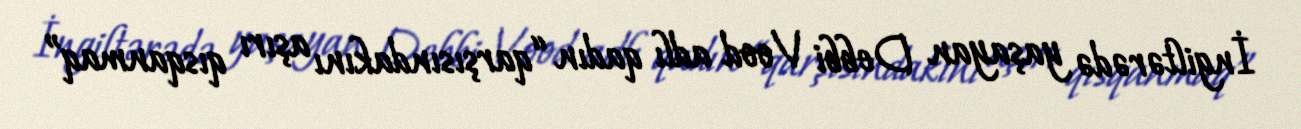
İngiltərədə yaşayan Debbi Vood adlı qadın “qarşısındakını aşırı qısqanmaq”